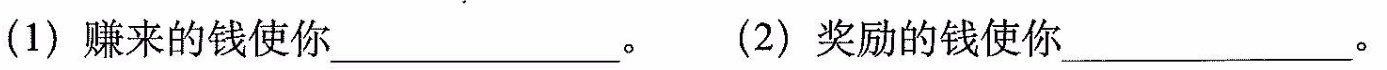
(1)赚来的钱使你__________。(2)奖励的钱使你____________。